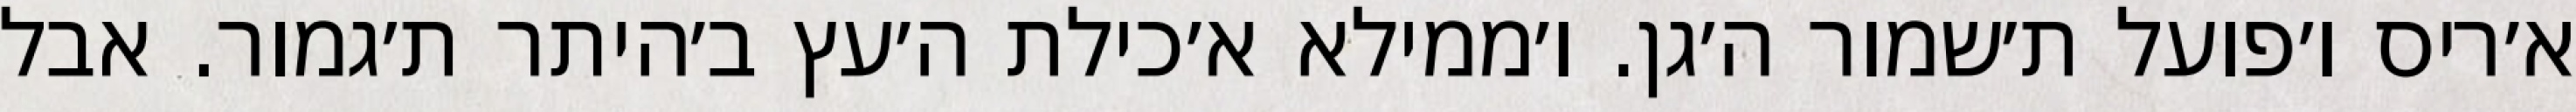
א׳ריס ו׳פועל ת׳שמור ה׳גן. ו׳ממילא א׳כילת ה׳עץ ב׳היתר ת׳גמור. אבל